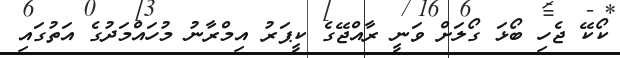
ކޯކޭ ޖެހި ބޯޅަ ގޯލަށް ވަނީ ރާއްޖޭގެ ކީޕަރު އިމްރާނު މުހައްމަދުގެ އަތުގައި